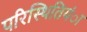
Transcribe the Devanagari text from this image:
परिस्थितियंा